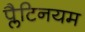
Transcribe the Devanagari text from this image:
प्लैटिनयम